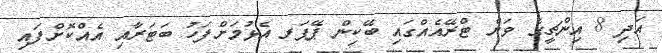
އަދި 8 އިންޗީގެ ވަށް ޓްރޭއެއްގައި ބޭކިން ޕޭޕަރ އެޅުމަށްފަހު ބަޓަރާއި އެއްކޮށްފައި